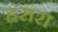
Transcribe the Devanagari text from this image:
हंसरा